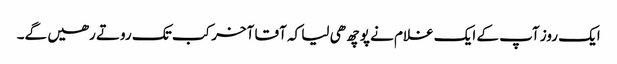
ایک روز آپ کے ایک غلام نے پوچھ ھی لیا کہ آقا آخر کب تک روتے رھیں گے۔